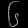
Digit: ၆